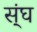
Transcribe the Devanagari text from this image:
स्ंघ